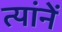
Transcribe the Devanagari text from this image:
त्यांनें